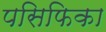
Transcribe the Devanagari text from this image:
पसिफिका